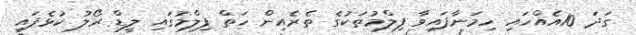
ގަދަ 10އެއްހައި ހިމަނާފައިވާ ފިލްމުތަކުގެ ތެރެއިން ހަތް ފިލްމުގައި ލީޑް ރޯލު ކުޅެފައި